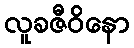
လူခဇီဝိနော